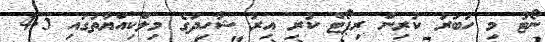
ނޯޓު މި ހަބަރު ކުރިން ރިޕޯޓް ކުރި އިރު ޝާހިދުގެ މިލްކިއްޔާތުގައި 4.5